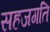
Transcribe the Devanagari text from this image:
सहजगति